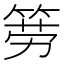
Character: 𱸇